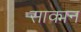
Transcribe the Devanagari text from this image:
साक्मन